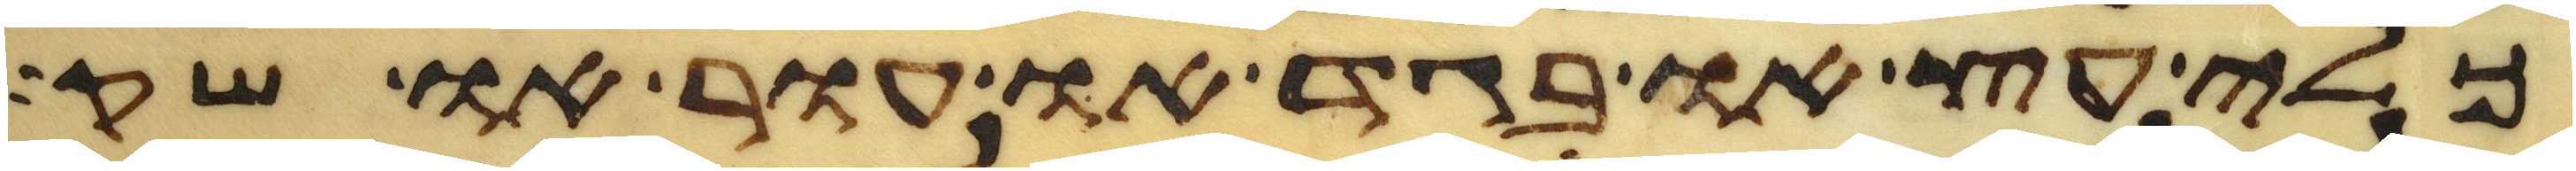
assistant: כלי עץ או בגד או עור או שק